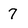
Character: 7